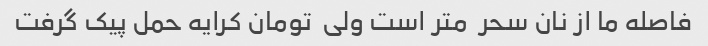
فاصله ما از نان سحر  متر است ولی  تومان کرایه حمل پیک گرفت